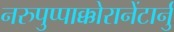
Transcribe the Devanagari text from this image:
नरुपुप्पाक्कोरानेंटार्नु